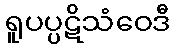
ရူပပ္ပဋိသံဝေဒီ